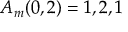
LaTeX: A _ { m } ( 0 , 2 ) = 1 , 2 , 1